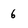
Character: 6